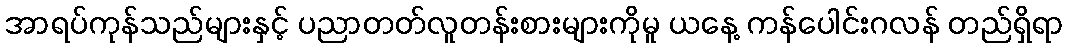
အာရပ်ကုန်သည်များနှင့် ပညာတတ်လူတန်းစားများကိုမူ ယနေ့ ကန်ပေါင်းဂလန် တည်ရှိရာ